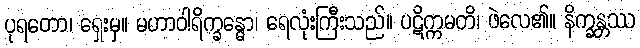
ပုရတော၊ ရှေးမှ။ မဟာဝါရိက္ခန္ဓော၊ ရေလုံးကြီးသည်။ ပဋိက္ကမတိ၊ ဖဲလေ၏။ နိက္ခန္တဿ